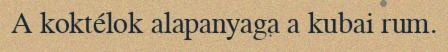
A koktélok alapanyaga a kubai rum.